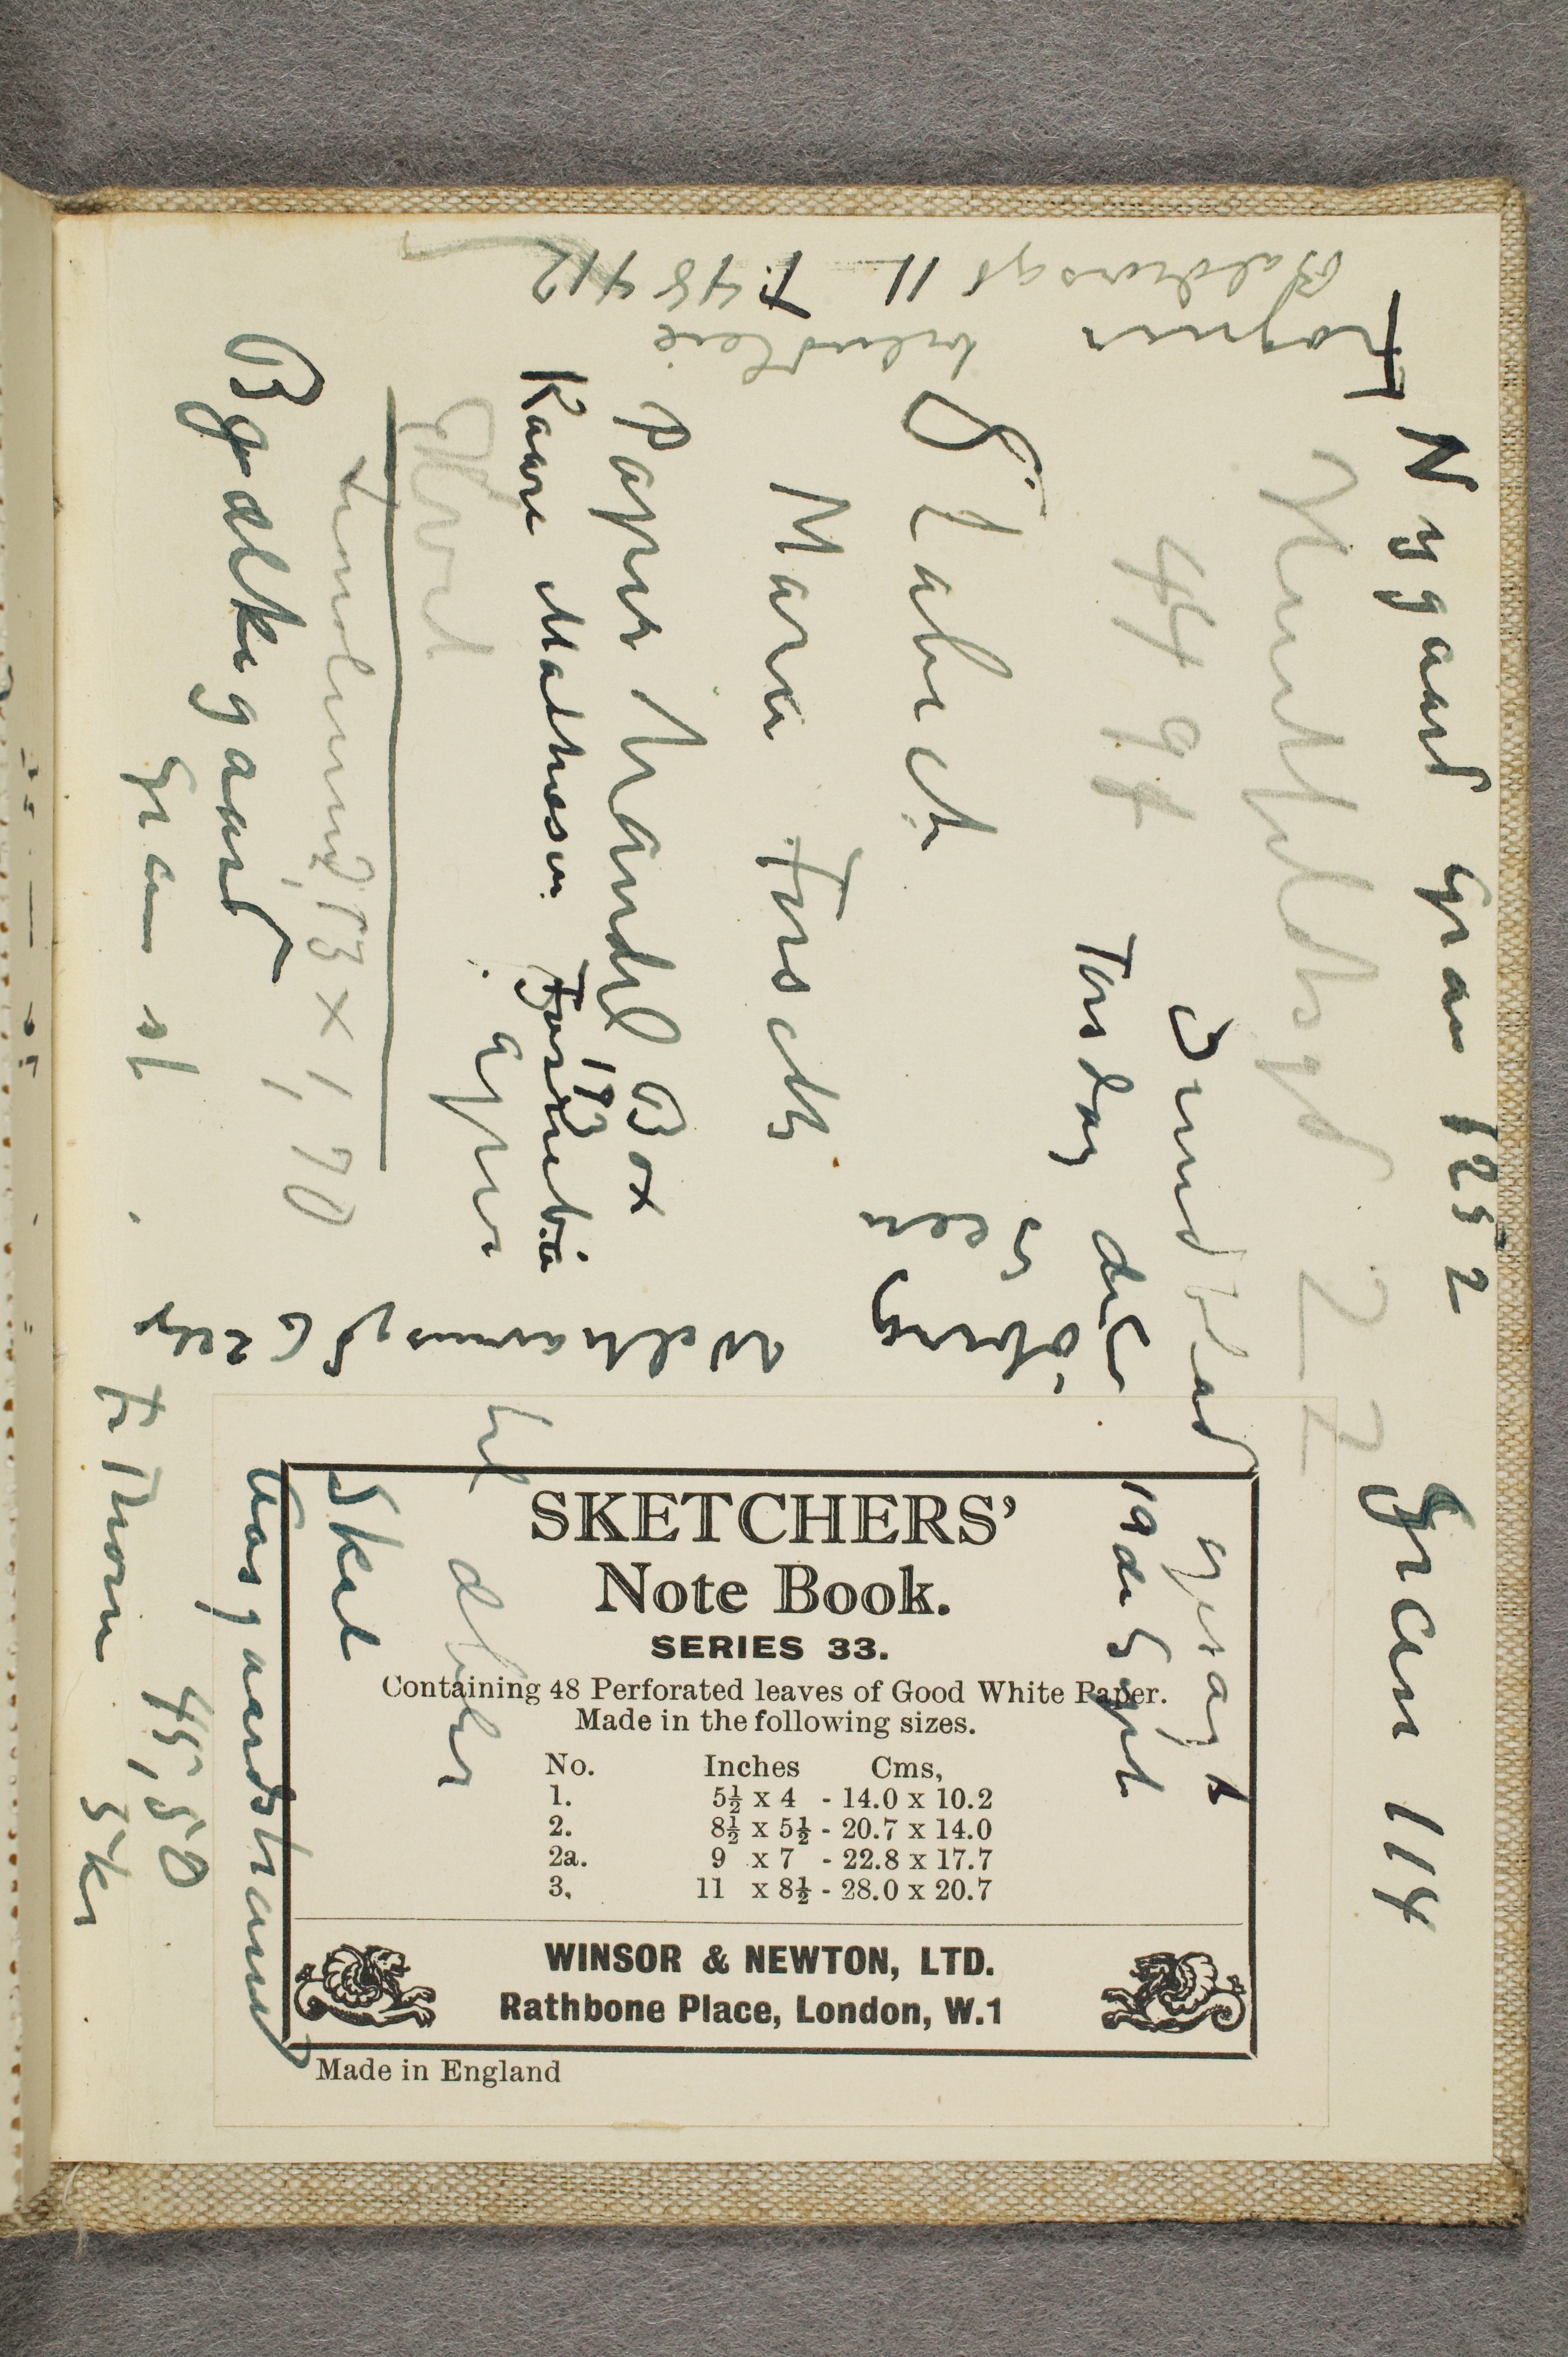
Frogner biludleie
Baldersgt 11 T. 48 412

Hvit
... 2,13 X 1,70
Bjælkegaard
Gan st

Stabæk
Maria Forseth
Papir handel Box
193
Kaare Mathiesen Fosserbø

Nygaard Gran 1252 Gran 114

Huitfeldsgd 22
4491

Sund blad opsagt
Torsdag den 19de Sept

Papir til æbler

Søberg Welhavensgd 6 2 etg
Seen

Skal
Aasgaardstrand
45,50
Fr Thom 5 kr